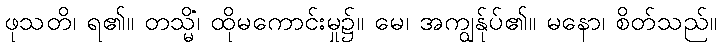
ဖုသတိ၊ ရ၏။ တသ္မိံ၊ ထိုမကောင်းမှု၌။ မေ၊ အကျွန်ုပ်၏။ မနော၊ စိတ်သည်။